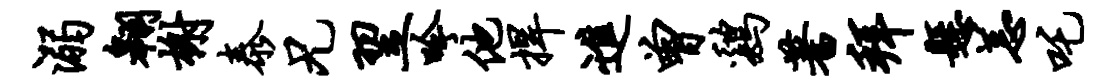
溺翱榭泰兄翌吟他捍进曾鸡蓍拜悬恙吒